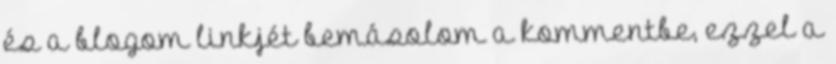
és a blogom linkjét bemásolom a kommentbe, ezzel a